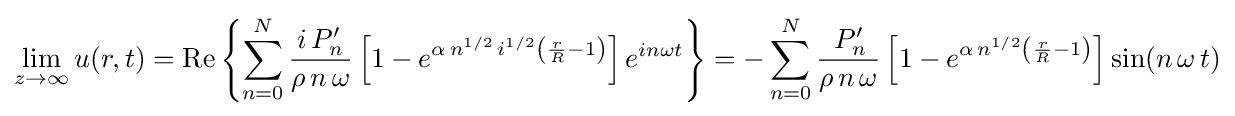
\lim _{z\to \infty }u(r,t)=\mathrm {Re} \left\{\sum _{n=0}^{N}{\frac {i\,P'_{n}}{\rho \,n\,\omega }}\left[1-e^{\alpha \,n^{1/2}\,i^{1/2}\left({\frac {r}{R}}-1\right)}\right]e^{in\omega t}\right\}=-\sum _{n=0}^{N}{\frac {\,P'_{n}}{\rho \,n\,\omega }}\left[1-e^{\alpha \,n^{1/2}\left({\frac {r}{R}}-1\right)}\right]\sin(n\,\omega \,t)